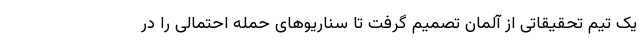
یک تیم تحقیقاتی از آلمان تصمیم گرفت تا سناریوهای حمله احتمالی را در